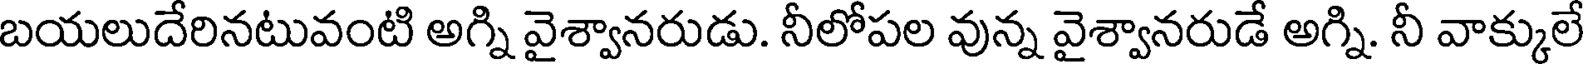
బయలుదేరినటువంటి అగ్ని వైశ్వానరుడు. నీలోపల వున్న వైశ్వానరుడే అగ్ని. నీ వాక్కులే